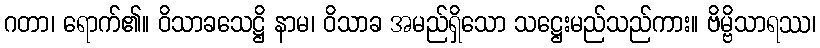
ဂတာ၊ ရောက်၏။ ဝိသာခသေဋ္ဌိ နာမ၊ ဝိသာခ အမည်ရှိသော သဋ္ဌေးမည်သည်ကား။ ဗိမ္ဗိသာရဿ၊